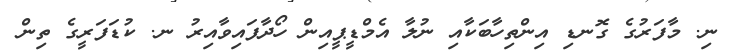
ނި. މާފަރުގެ ގޮނޑި އިންތިހާބަކާއި ނުލާ އެމްޑީޕީއިން ހޯދާފައިވާއިރު ނ. ކުޑަފަރީގެ ތިން